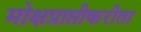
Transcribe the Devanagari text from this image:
मोक्षप्राप्तीकरीता